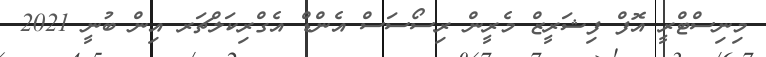
މިނިސްޓްރީ އޮފް ފިޝަރީޒް މެރީން ރިސޯސަސް އެންޑް އެގްރިކަލްޗަރ އިން ބުނީ 2021